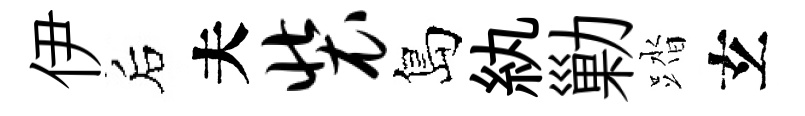
伊后夫装島紈勦踏𤣥